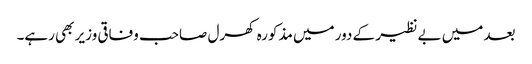
بعد میں بے نظیر کے دور میں مذکورہ کھرل صاحب وفاقی وزیر بھی رہے۔